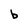
Character: b